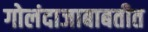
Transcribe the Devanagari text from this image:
गोलंदाजाबाबतीत